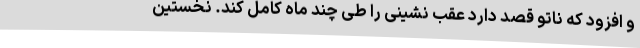
و افزود که ناتو قصد دارد عقب نشینی را طی چند ماه کامل کند. نخستین